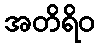
အတိရိဝ